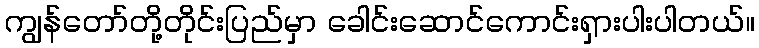
ကျွန်တော်တို့တိုင်းပြည်မှာ ခေါင်းဆောင်ကောင်းရှားပါးပါတယ်။